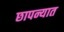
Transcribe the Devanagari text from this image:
छापन्यात